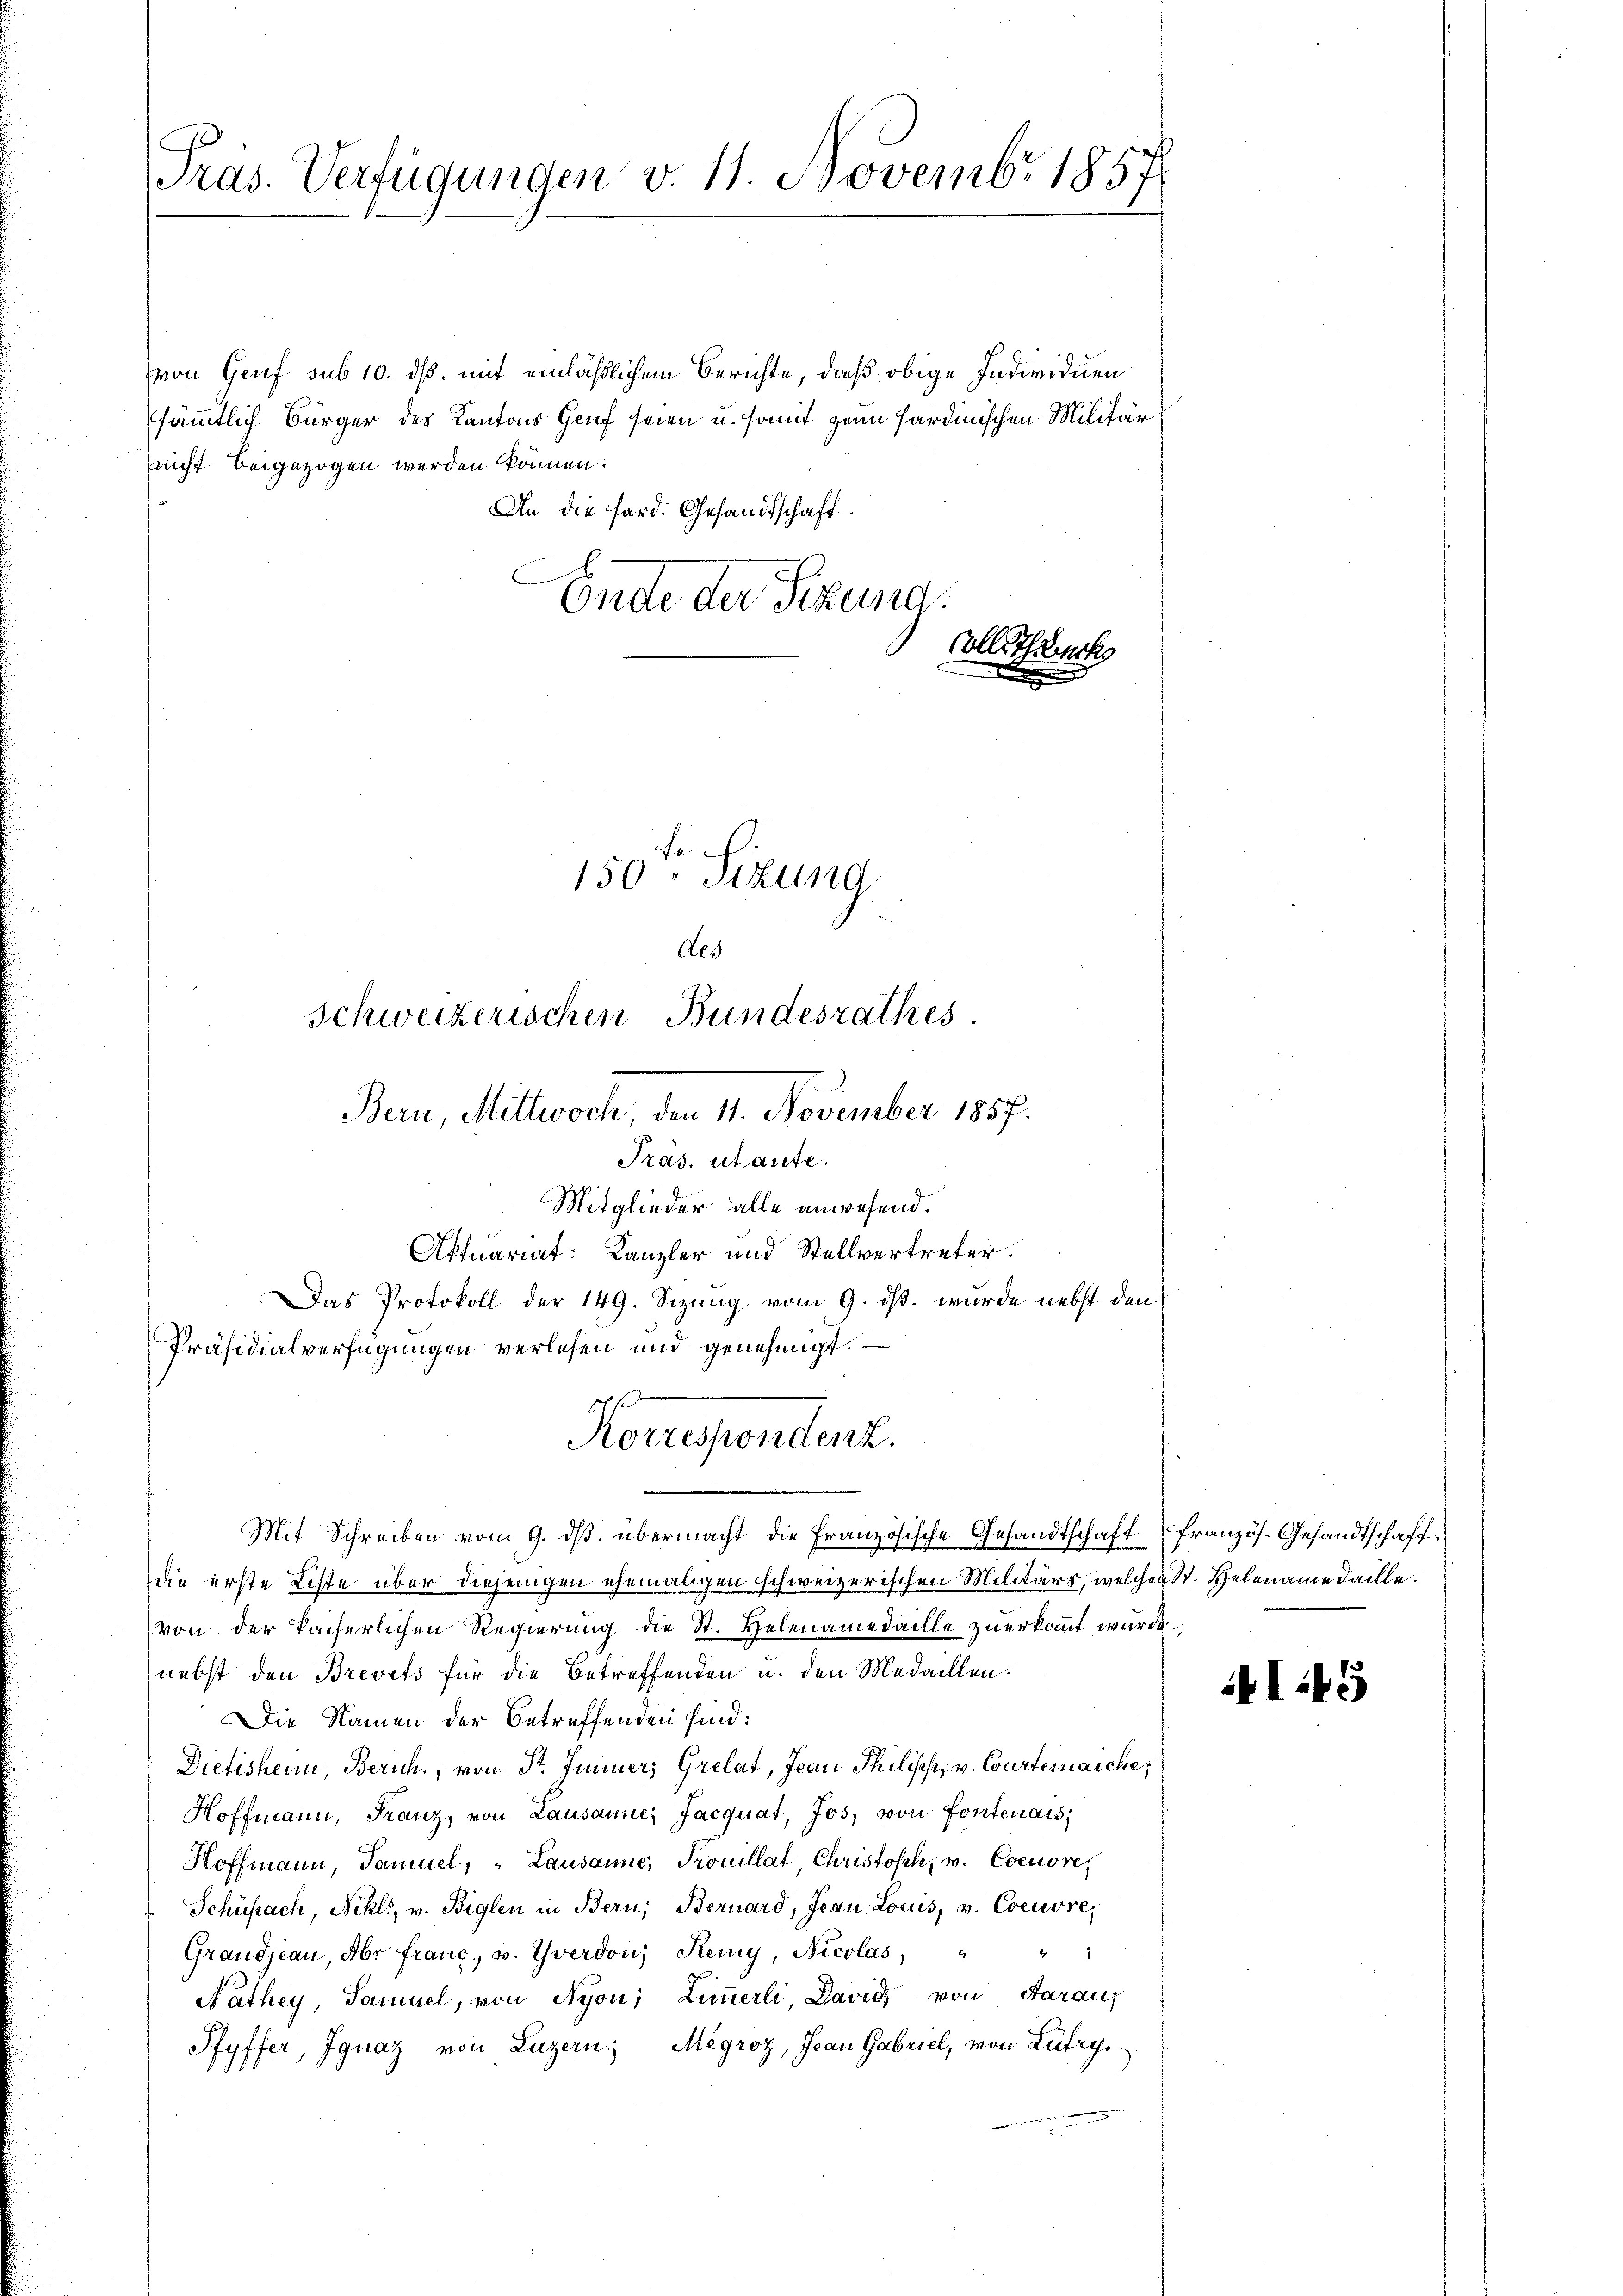
Präs. Verfügungen v. 11. Novembr 1857

(von Genf sub 10. ds. mit einläßlichem Berichte, daß obige Individuen
ssämmtlich Bürger des Kantons Genf seien u. somit zum Sardinischen Militärnicht beigezogen werden können.
An die Hard. Gesandtschaft.
Ende der Fixund.
vollstrech

Bern, Mittwoch, den 11. November 1857.
Präs. utante.
Mitglieder alle anwesend.

Fr
150. Sizung
Als
Schweizerischen Bundesrathes

Konependenz.

Aktuariat: Kanzler und Stellvertreter.
Das Protokoll der 149. Sizung vom 9. ds. wurde nebst den
Präsidialverfügungen verlesen und genehmigt.
Mit Schreiben vom 9. ds. übermacht die Französische Gesandtschaft
die erste Liste über diejenigen ehemaligen schweizerischen Militärs, welches. Helenamedaille.
von der kaiserlichen Regierung die St. Helenamedaille zuerkannt wurde
nebst den Brevets für die Betreffenden u. den Medaillen.
Die Namen der betreffenden sind:
Dietischein, Zürich, von St. Jenner, Grelat, Jean Philisch, v. Courtenaiche,
Hoffmann, Franz, von Lausanne, Jacquat, Jos. von Fontenais
Hoffmann, Samuel, "Lausanne, Trouillat Christoph, u. Coeuvre,
Schüssach, Nikl., v. Biglen in Bern, Bernard, Jean Louis, v. Coeuvre,
Grandjean, Aber franc, u. Yverdon, Reiny, Nicolas, " " "
Nathey, Samuel, von Nyon, Zimmerli, David von Aaraus
Pfyffer, Ignaz von Luzern; Mégroz, Jean Gabriel, von Lutry

franzis-Gesandtschaft.

AI5